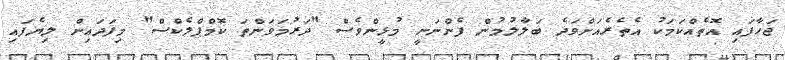
ޖަހާފައި އޮތެއްކަމަކު އެތެރެއަށްވަދެ ބަލާލުމުން ފެންނަނީ މުޅީންވެސް "ދަރުމަވަންތަ ކޮމްޕްލެކްސް" މިފަދައިން ލިޔެފައި